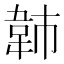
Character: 𫖍